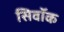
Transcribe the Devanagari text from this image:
सिवॉक